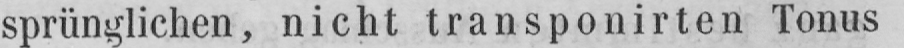
sprünglichen, nicht transponirten Tonus